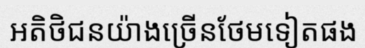
អតិថិជនយ៉ាងច្រើនថែមទៀតផង